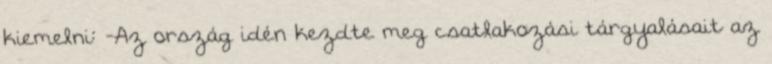
kiemelni: -Az ország idén kezdte meg csatlakozási tárgyalásait az